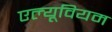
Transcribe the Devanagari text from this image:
एल्यूवियम